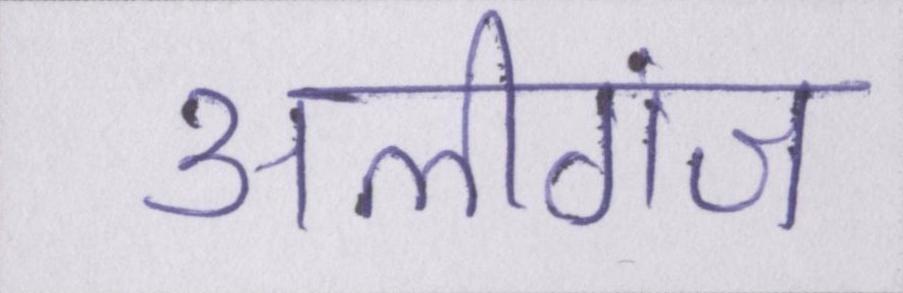
अलीगंज